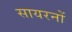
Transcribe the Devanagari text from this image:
सायरनों